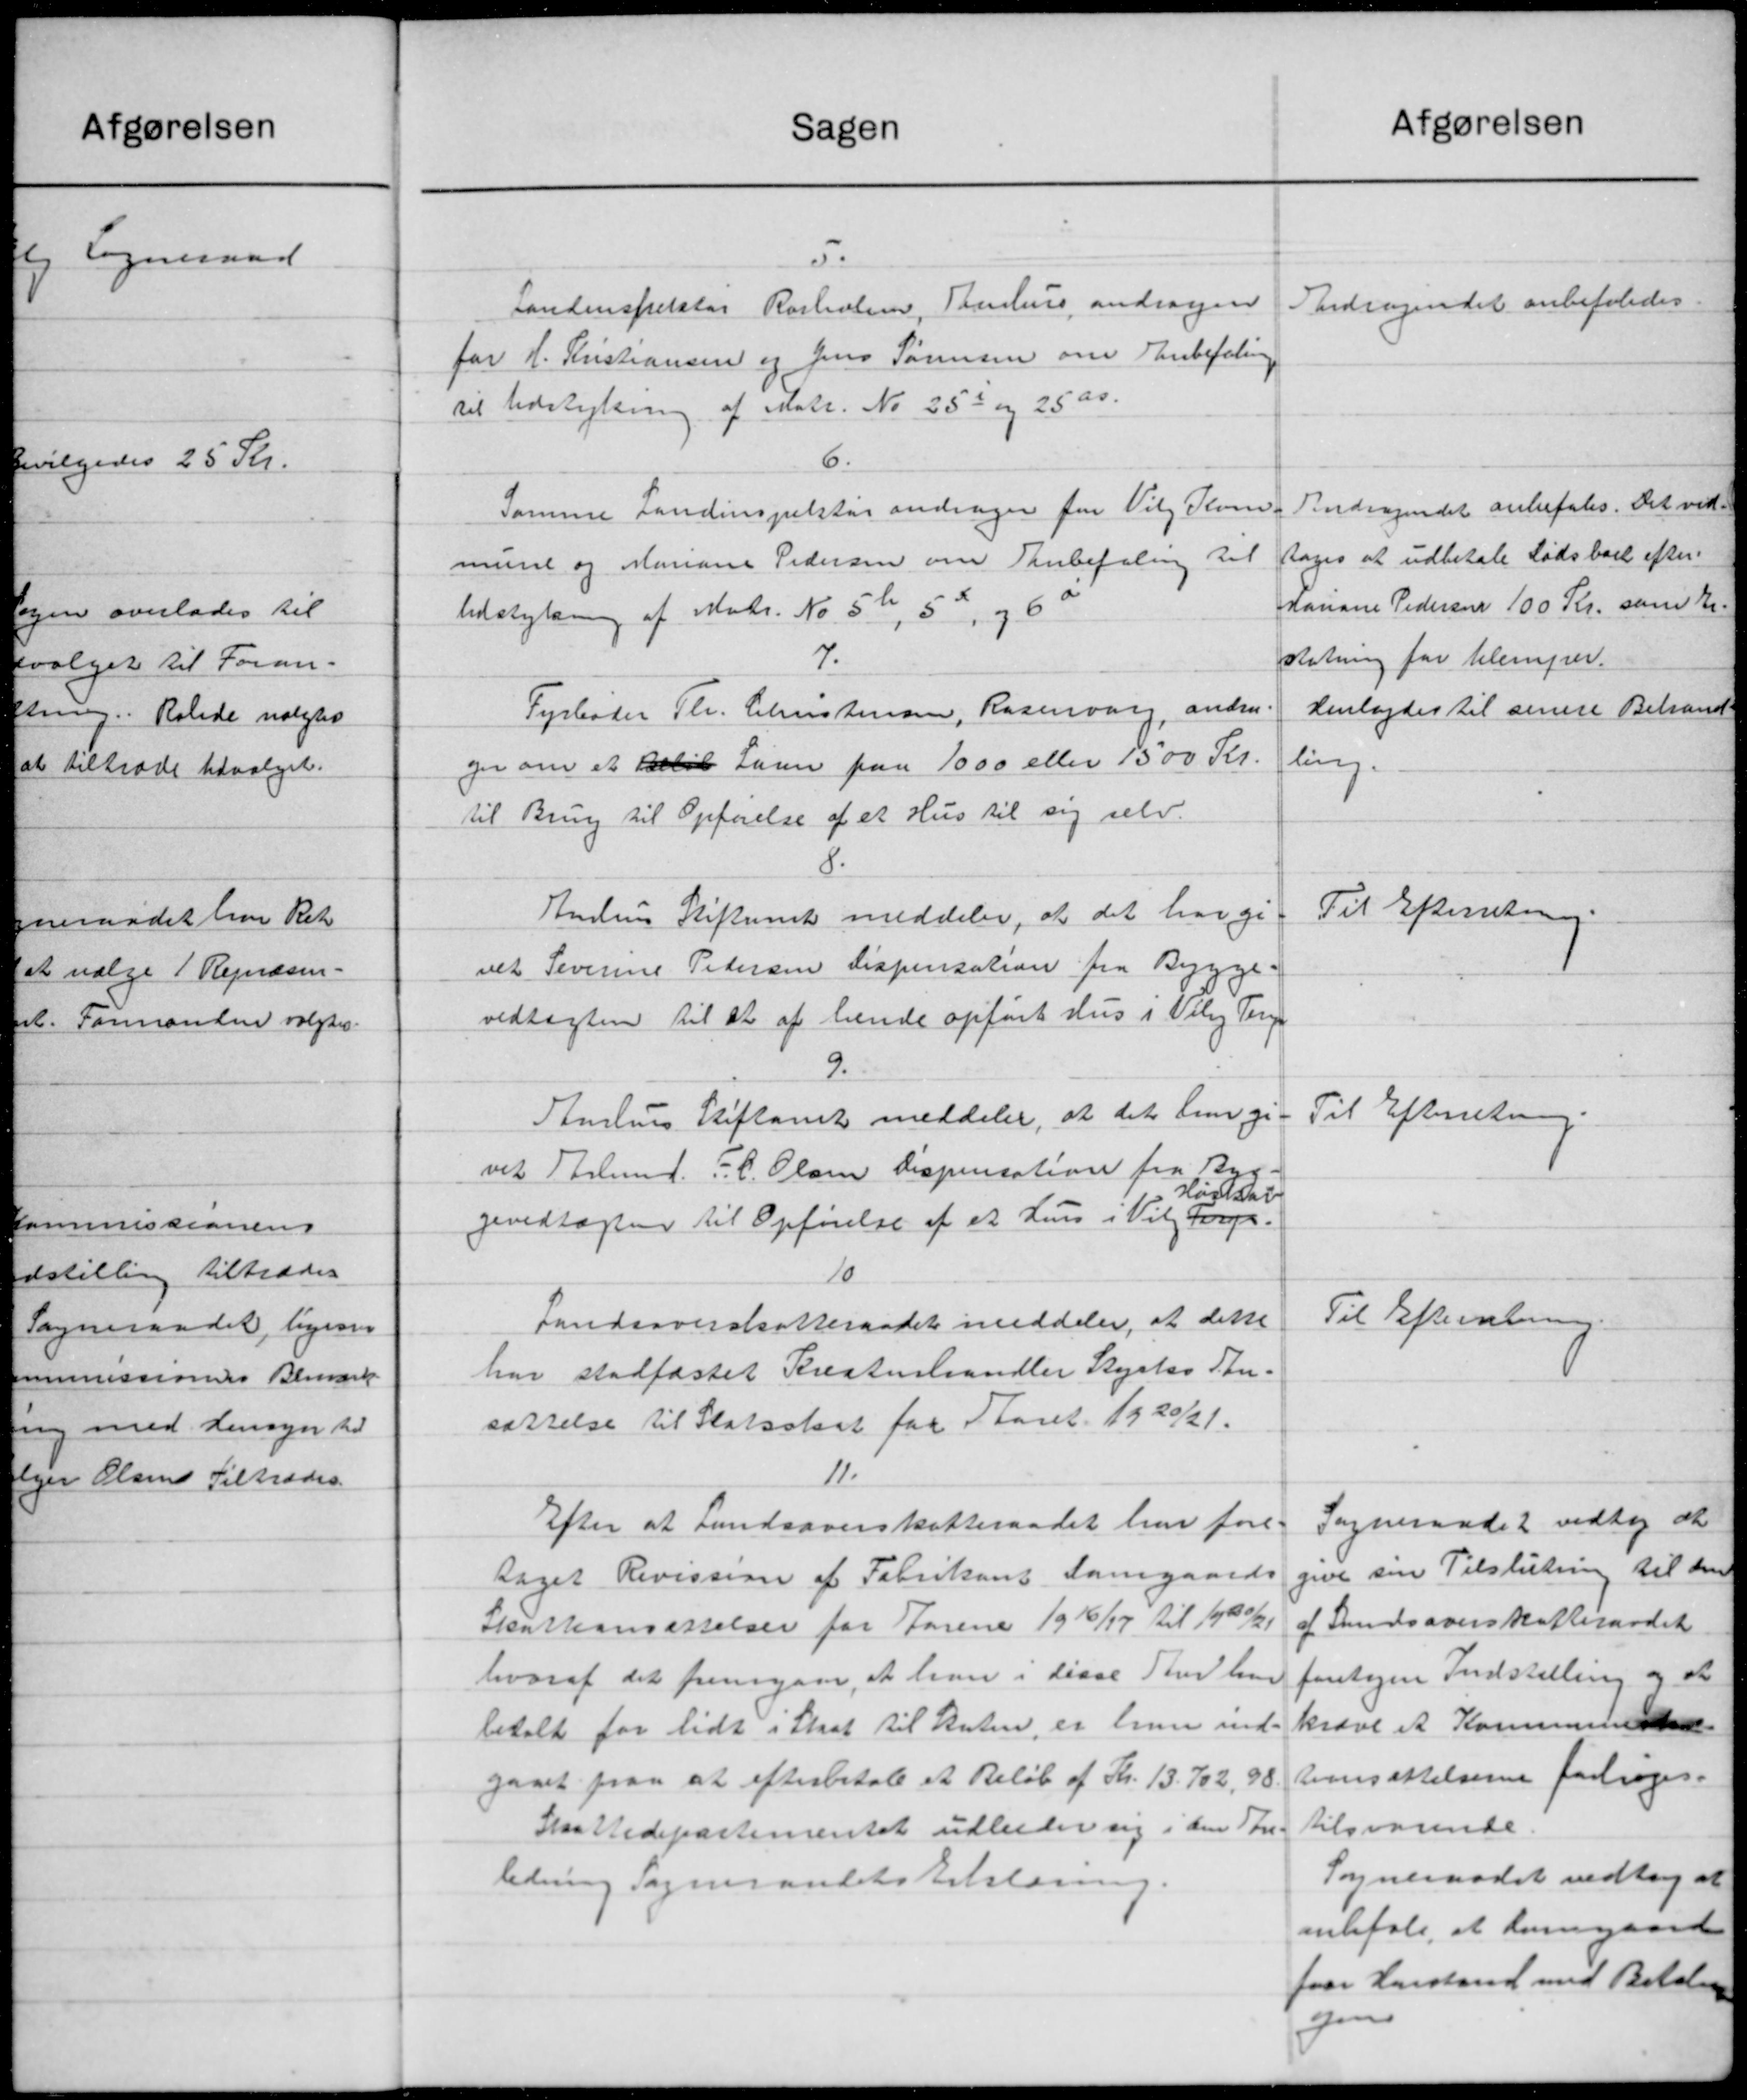
Transskription:
Sagen
5.
Landinspektør Rørholm, Samhuus andragen
for H. Kristiansen og Jens Sørensen om Anbefaling
det Udstykning af Matr. No 25a og 25 as.
6.
Samme Landinspektør andrager for Vil Kom
mune og Manane Pedersen om Tanbefaling til
Udstykning af Matr. Nr. 52, 52, og 6
7.
Fyrbøder Th. Christensen, Rosenborg, andra
ger om et Beløb Lann paa 1000 eller 1500 Kr.
til Brug til Opførelse af et Hus til sig selv.
8.
Andens Stiftamt meddeler, at det hange
vet Severine Petersen Dispensation fra Bygge.
vedtægten til at af hende opført Hus i Viby Ter
9.
Stenhus Stiftamt meddeler, at det hun gi
vet Stelmd. P. C. Olsen Dispensation fra Byg-
Haslev
gevedtægten til Opførelse af et hun i Vilg 400 pr
10
Landsoverskatteraadet meddeler, at dette
har stadfæstet Kresterhandler Styrtes Skr.
sørrelse til Statsskat for Aaret 1920/21.
11.
Efter at Landsoverskatteraadet har fore-
taget Revission af Fabrikant Samgaards
Skatteansættelser for Forene 1916/17 til 1920/21
hvoraf det fremgaar, at han i disse Sted her
betalt for lidt i Skat til Ruten, er hun ind
gaaet paa at efterbetale et Beløb af Kr. 13.702, 98
Skattedepartementet udbeder sig i den Tan-
ledning Sogneraadets Erklæring.